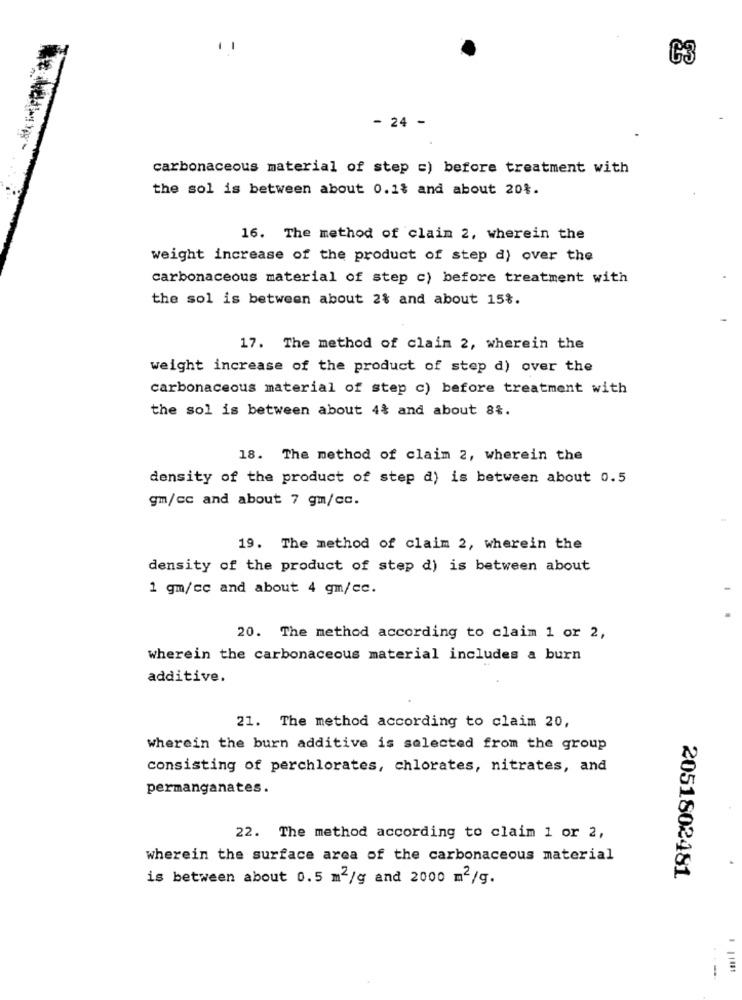
C3
- 24 -
carbonaceous material of step =) before treatment with
the sol is between about 0.1$ and about 20%.
16. The method of claim 2, wherein the
weight increase of the product of step d) over the
carbonaceous material of step c) before treatment with
the sol is between about 2% and about 15%.
17. The method of claim 2, wherein the
weight increase of the product of step d) over the
carbonaceous material of step c) before treatment with
the sol is between about 4% and about 8%.
18. The method of claim 2, wherein the
density of the product of step d) is between about 0.5
gm/cc and about 7 gm/cc.
19. The method of claim 2, wherein the
density of the product of step d) is between about
1 gm/cc and about 4 gm/cc.
20. The method according to claim 1 or 2,
wherein the carbonaceous material includes a burn
additive.
21. The method according to claim 20,
wherein the burn additive is selected from the group
consisting of perchlorates, chlorates, nitrates, and
permanganates.
22. The method according to claim 1 or 2,
wherein the surface area of the carbonaceous material
is between about 0.5 m2/g and 2000 m2/g.
2051802481